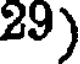
29)